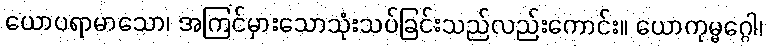
ယောပရာမာသော၊ အကြင်မှားသောသုံးသပ်ခြင်းသည်လည်းကောင်း။ ယောကုမ္မဂ္ဂေါ၊